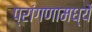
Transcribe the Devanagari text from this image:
प्रांगणामध्ये